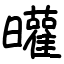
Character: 𣌓